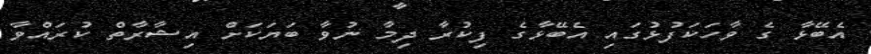
އެބޭޅާ ގެ ވާހަކަފުޅުގައި އެބޭޅާގެ ފިކުރާ ދިމާ ނުވާ ބަޔަކަށް އިޝާރާތް ކުރައްވާ